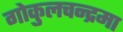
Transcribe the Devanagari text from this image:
गोकुलचन्द्रमा